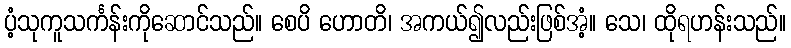
ပံ့သုကူသင်္ကန်းကိုဆောင်သည်။ စေပိ ဟောတိ၊ အကယ်၍လည်းဖြစ်အံ့။ သေ၊ ထိုရဟန်းသည်။